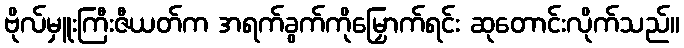
ဗိုလ်မှူးကြီးဇီယတ်က အရက်ခွက်ကိုမြှောက်ရင်း ဆုတောင်းလိုက်သည်။